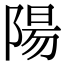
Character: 陽